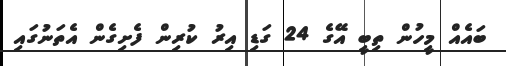
ބައެއް މީހުން ތިބީ އޭގެ 24 ގަޑި އިރު ކުރިން ފެށިގެން އެތަނުގައި